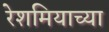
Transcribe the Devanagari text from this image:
रेशमियाच्या